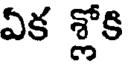
ఏక శ్లోకి